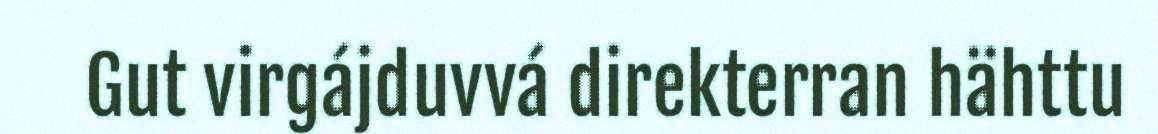
Gut virgájduvvá direkterran hähttu